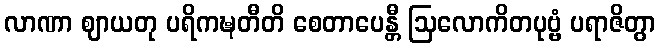
လာဏာ ဈာယတု ပရိကဍ္ဎတီတိ စေတာပေန္တီ ဩလောကိတပုဗ္ဗံ ပရာဇိတွာ